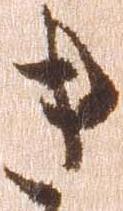
き